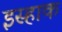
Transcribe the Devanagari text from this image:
इस्हाक